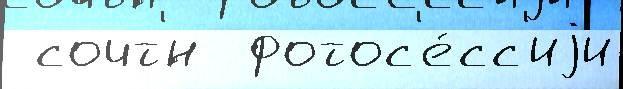
 сочт'́н  фотос'е́сс'иjи